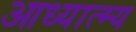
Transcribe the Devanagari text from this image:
आध्यात्म्य